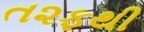
ત૨ફથી